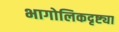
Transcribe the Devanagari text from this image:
भागोलिकदृष्ट्या